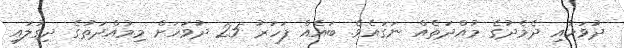
ދުވަހާއި ދެމެދުގެ މުއްދަތެއް ނަގައެވެ. ބައެއް ފަހަރު 25 ދުވަހަށް މިމުއްދަތުގެ ދިގުލައި